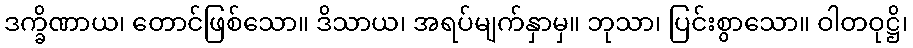
ဒက္ခိဏာယ၊ တောင်ဖြစ်သော။ ဒိသာယ၊ အရပ်မျက်နှာမှ။ ဘုသာ၊ ပြင်းစွာသော။ ဝါတဝုဋ္ဌိ၊